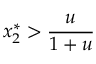
x _ { 2 } ^ { * } > \frac { u } { 1 + u }